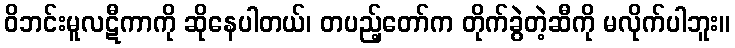
ဝိဘင်းမူလဋီကာကို ဆိုနေပါတယ်၊ တပည့်တော်က တိုက်ခွဲတဲ့ဆီကို မလိုက်ပါဘူး။